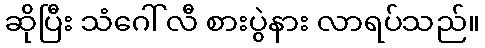
ဆိုပြီး သံဂေါ်လီ စားပွဲနား လာရပ်သည်။